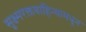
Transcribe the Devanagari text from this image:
सूक्ष्मरक्तवाहिन्यामधून